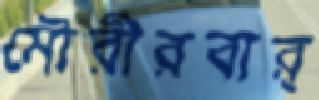
মৌরীরবার্